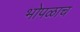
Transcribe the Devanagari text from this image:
भोपळाच